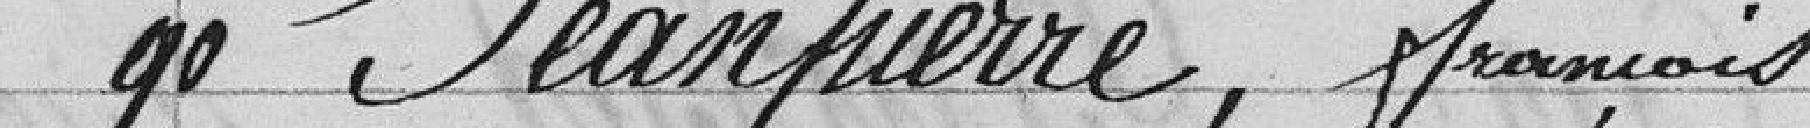
90 Jeanpierre, François